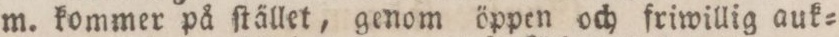
m. kommer på ſtället, genom öppen och friwillig auk=